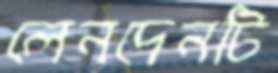
লেনদেনটি